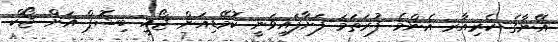
އޭނާގެ ކެރިއާރ އެންމެ ފުރަތަމަ ފަށާފައިވަނީ ކޮމޭޑިއަން ޖޯއީ ބިޝޮޕް އަށް ޖޯކް